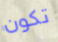
تكون